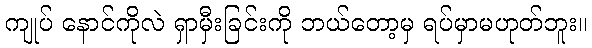
ကျုပ် နောင်ကိုလဲ ရှာမှီးခြင်းကို ဘယ်တော့မှ ရပ်မှာမဟုတ်ဘူး။